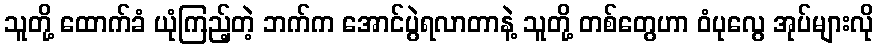
သူတို့ ထောက်ခံ ယုံကြည့်တဲ့ ဘက်က အောင်ပွဲရလာတာနဲ့ သူတို့ တစ်တွေဟာ ဝံပုလွေ အုပ်များလို